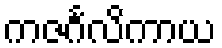
ကဇင်္ဂလိကာယ